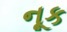
નૂક